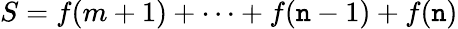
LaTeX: S=f(m+1)+\cdots+f(\mathtt{n}-1)+f(\mathtt{n})